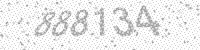
Solution: 888134